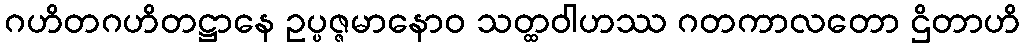
ဂဟိတဂဟိတဋ္ဌာနေ ဥပ္ပဇ္ဇမာနောဝ သတ္ထဝါဟဿ ဂတကာလတော ဌိတာဟိ